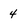
Character: 4